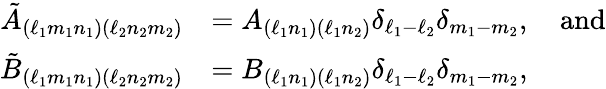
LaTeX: \begin{array}{rl}{\tilde{A}_{(\ell_{1}m_{1}n_{1})(\ell_{2}n_{2}m_{2})}}&{=A_{(\ell_{1}n_{1})(\ell_{1}n_{2})}\delta_{\ell_{1}-\ell_{2}}\delta_{m_{1}-m_{2}},\quad\mathrm{and}}\\ {\tilde{B}_{(\ell_{1}m_{1}n_{1})(\ell_{2}n_{2}m_{2})}}&{=B_{(\ell_{1}n_{1})(\ell_{1}n_{2})}\delta_{\ell_{1}-\ell_{2}}\delta_{m_{1}-m_{2}},}\end{array}